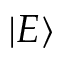
| E \rangle